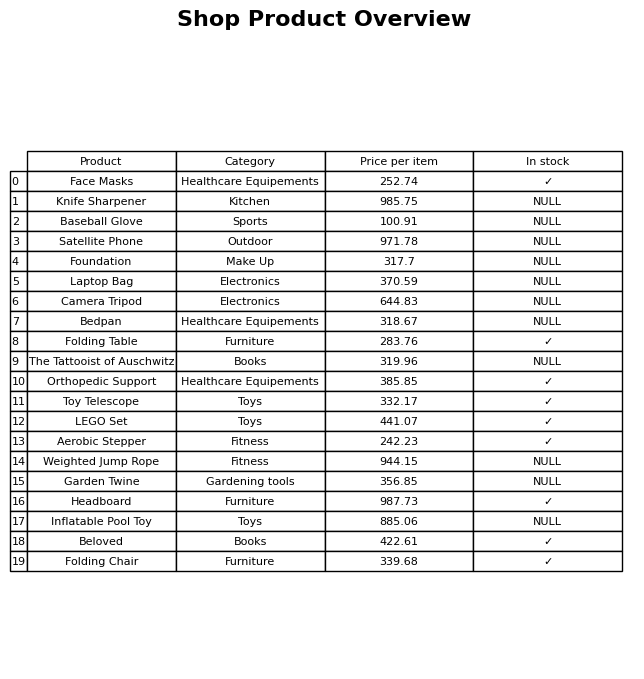
question: What is the price of the Foundation?
answer: The price of Foundation is 317.7.